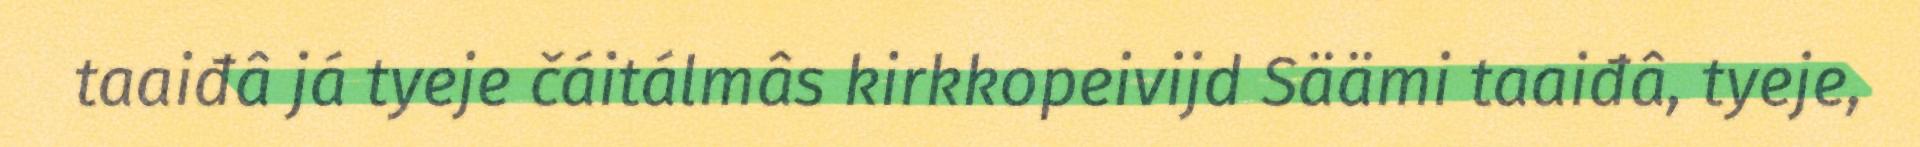
taaiđâ já tyeje čáitálmâs kirkkopeivijd Säämi taaiđâ, tyeje,